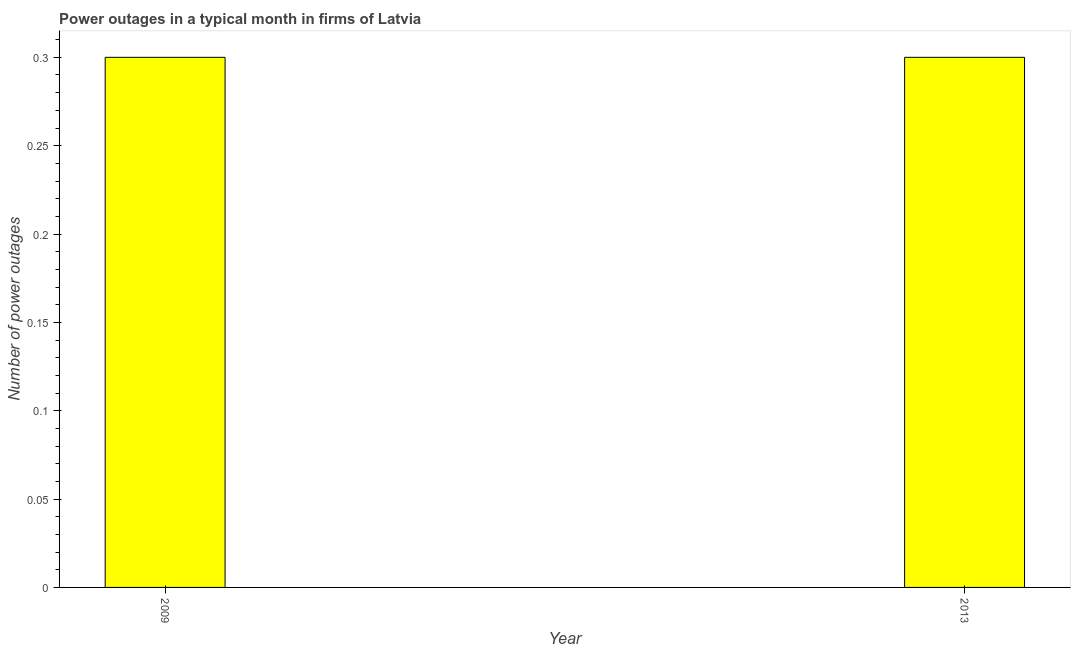
| Year | Power outages |
 | --- | --- |
 | 2009 | 0.3 |
 | 2013 | 0.3 |